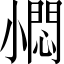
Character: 𡮬